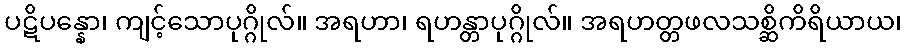
ပဋိပန္နော၊ ကျင့်သောပုဂ္ဂိုလ်။ အရဟာ၊ ရဟန္တာပုဂ္ဂိုလ်။ အရဟတ္တဖလသစ္ဆိကိရိယာယ၊